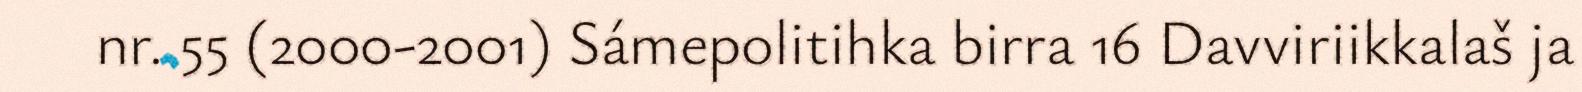
nr. 55 (2000-2001) Sámepolitihka birra 16 Davviriikkalaš ja